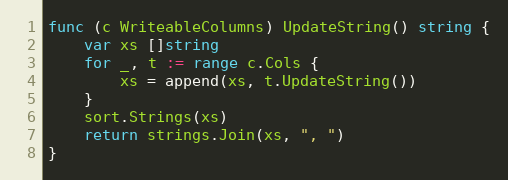
Language: Go
func (c WriteableColumns) UpdateString() string {
	var xs []string
	for _, t := range c.Cols {
		xs = append(xs, t.UpdateString())
	}
	sort.Strings(xs)
	return strings.Join(xs, ", ")
}